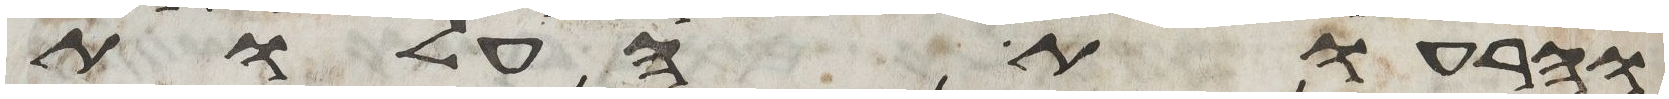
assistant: והרעות העלות